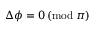
\Delta \phi = 0 \, ( \mathrm { m o d } \: \pi )